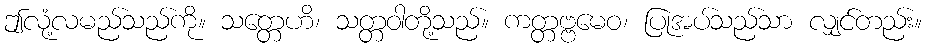
ဤလုံ့လမည်သည်ကို။ သတ္တေဟိ၊ သတ္တဝါတို့သည်။ ကတ္တဗ္ဗမေဝ၊ ပြုအပ်သည်သာ လျှင်တည်း။